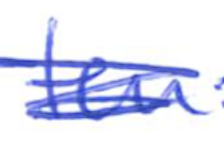
Text: ten
Cross-out: scratch
Writing tool: ballpoint